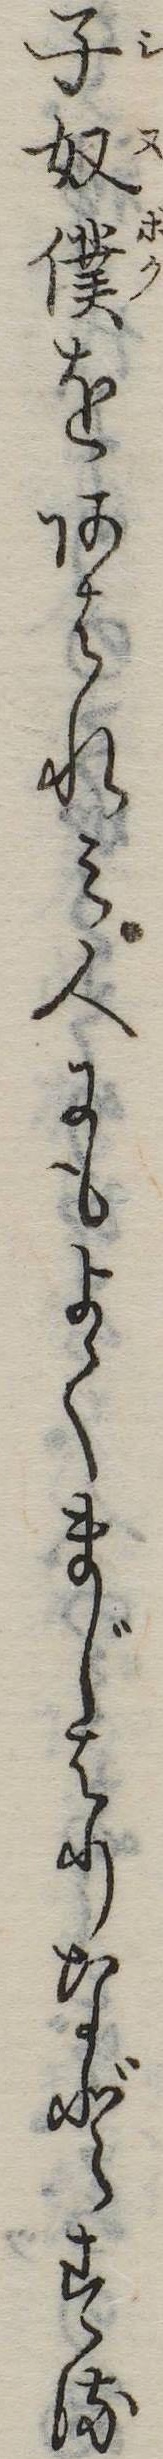
子奴僕をあはれみ人にもよくまじはりなどする